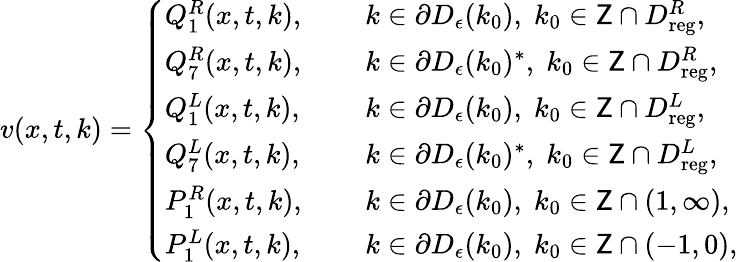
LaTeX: \begin{array}{r}{v(x,t,k)=\left\{ \begin{array}{ll}{Q_{1}^{R}(x,t,k),\quad\; }&{k\in\partial D_{\epsilon}(k_{0}),\; k_{0}\in\mathsf{Z}\cap D_{\mathrm{reg}}^{R},}\\ {Q_{7}^{R}(x,t,k),}&{k\in\partial D_{\epsilon}(k_{0})^{*},\; k_{0}\in\mathsf{Z}\cap D_{\mathrm{reg}}^{R},}\\ {Q_{1}^{L}(x,t,k),}&{k\in\partial D_{\epsilon}(k_{0}),\; k_{0}\in\mathsf{Z}\cap D_{\mathrm{reg}}^{L},}\\ {Q_{7}^{L}(x,t,k),}&{k\in\partial D_{\epsilon}(k_{0})^{*},\; k_{0}\in\mathsf{Z}\cap D_{\mathrm{reg}}^{L},}\\ {P_{1}^{R}(x,t,k),}&{k\in\partial D_{\epsilon}(k_{0}),\; k_{0}\in\mathsf{Z}\cap(1,\infty),}\\ {P_{1}^{L}(x,t,k),}&{k\in\partial D_{\epsilon}(k_{0}),\; k_{0}\in\mathsf{Z}\cap(-1,0),}\end{array}\right.}\end{array}